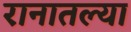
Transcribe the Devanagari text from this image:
रानातल्या